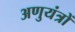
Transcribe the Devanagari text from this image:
अणुयंत्रों